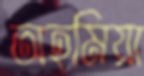
অহমিয়া